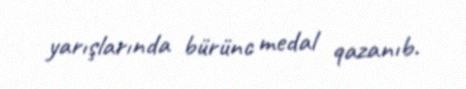
yarışlarında bürünc medal qazanıb.